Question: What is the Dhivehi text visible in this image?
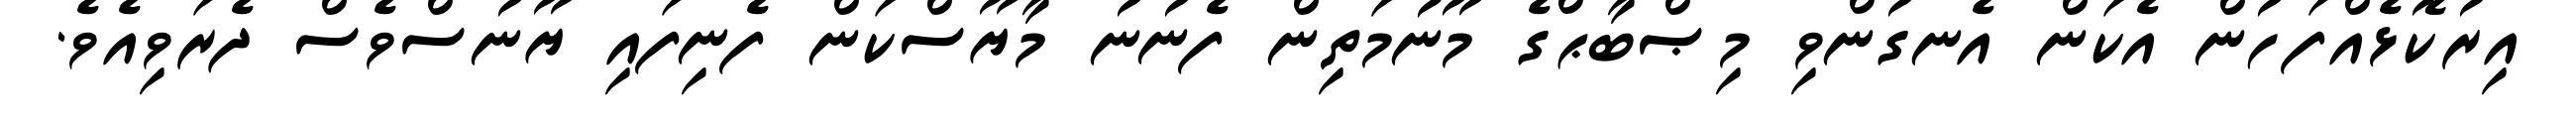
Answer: އިރުކޮޅެއްފަހުން އެކަން އެނގުންވި މިޞްބާޙްގެ މޫނުމަތިން ފެނުނު މާޔޫސްކަން ފެނިފައި ޔޫނުސްވެސް ދެރަވިއެވެ.